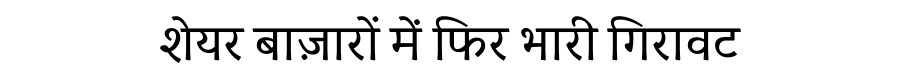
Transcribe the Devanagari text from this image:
शेयर बाज़ारों में फिर भारी गिरावट